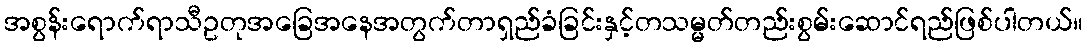
အစွန်းရောက်ရာသီဥတုအခြေအနေအတွက်တာရှည်ခံခြင်းနှင့်တသမ္မတ်တည်းစွမ်းဆောင်ရည်ဖြစ်ပါတယ်။